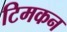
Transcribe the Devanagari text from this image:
टिमकन